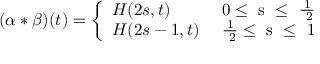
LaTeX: ( \alpha \ast \beta ) ( t ) = \left\{ \begin{array} { l l } { { H ( 2 s , t ) } } & { { \mathrm { ~ 0 \leq ~ s ~ \leq ~ { \frac { 1 } { ~ 2 } } ~ } } } \\ { { H ( 2 s - 1 , t ) } } & { { \mathrm { ~ { \frac { 1 } { ~ 2 } } \leq ~ s ~ \leq ~ 1 ~ } } } \end{array} \right.